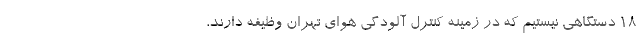
18 دستگاهی نیستیم که در زمینه کنترل آلودگی هوای تهران وظیفه دارند،